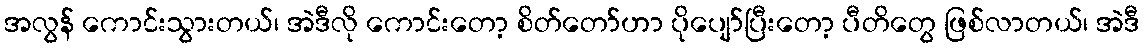
အလွန် ကောင်းသွားတယ်၊ အဲဒီလို ကောင်းတော့ စိတ်တော်ဟာ ပိုပျော်ပြီးတော့ ပီတိတွေ ဖြစ်လာတယ်၊ အဲဒီ